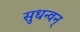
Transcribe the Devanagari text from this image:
सुधन्वन्‌